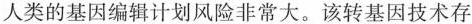
人类的基因编辑计划风险非常大。该转基因技术存